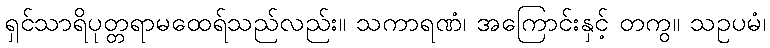
ရှင်သာရိပုတ္တရာမထေရ်သည်လည်း။ သကာရဏံ၊ အကြောင်းနှင့် တကွ။ သဥပမံ၊